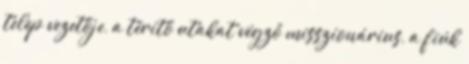
telep vezetője, a térítő utakat végző misszionárius, a fiúk